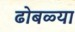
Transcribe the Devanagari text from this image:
ढोबळ्या